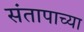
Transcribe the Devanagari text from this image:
संतापाच्या